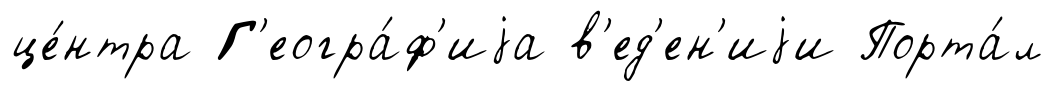
це́нтра Г'еогра́ф'иjа в'ед'ен'иjи Порта́л